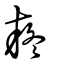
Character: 疑